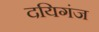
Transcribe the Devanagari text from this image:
दयिगंज